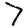
Digit: 7